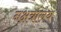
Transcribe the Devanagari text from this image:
नक्षत्रालय